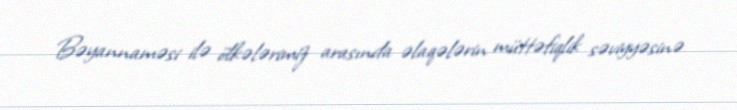
Bəyannaməsi ilə ölkələrimiz arasında əlaqələrin müttəfiqlik səviyyəsinə